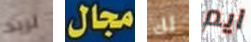
تريد مجال لك ايم